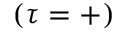
( \tau = + )